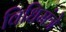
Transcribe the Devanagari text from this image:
विधिमंत्रे